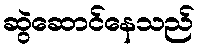
ဆွဲဆောင်နေသည်